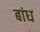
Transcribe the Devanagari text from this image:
बांध्‍ा